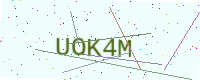
Text: UOK4M